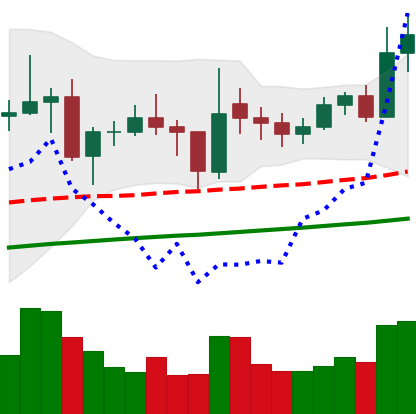
Ticker: ETC-USD
Chart end date: 2021-02-06
Forward return: 33.243%
Label: up_7plus